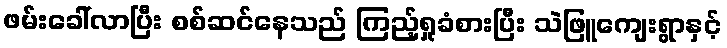
ဖမ်းခေါ်လာပြီး စစ်ဆင်နေသည် ကြည့်ရှုခံစားပြီး သဲဖြူကျေးရွာနှင့်